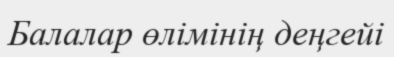
Балалар өлімінің деңгейі